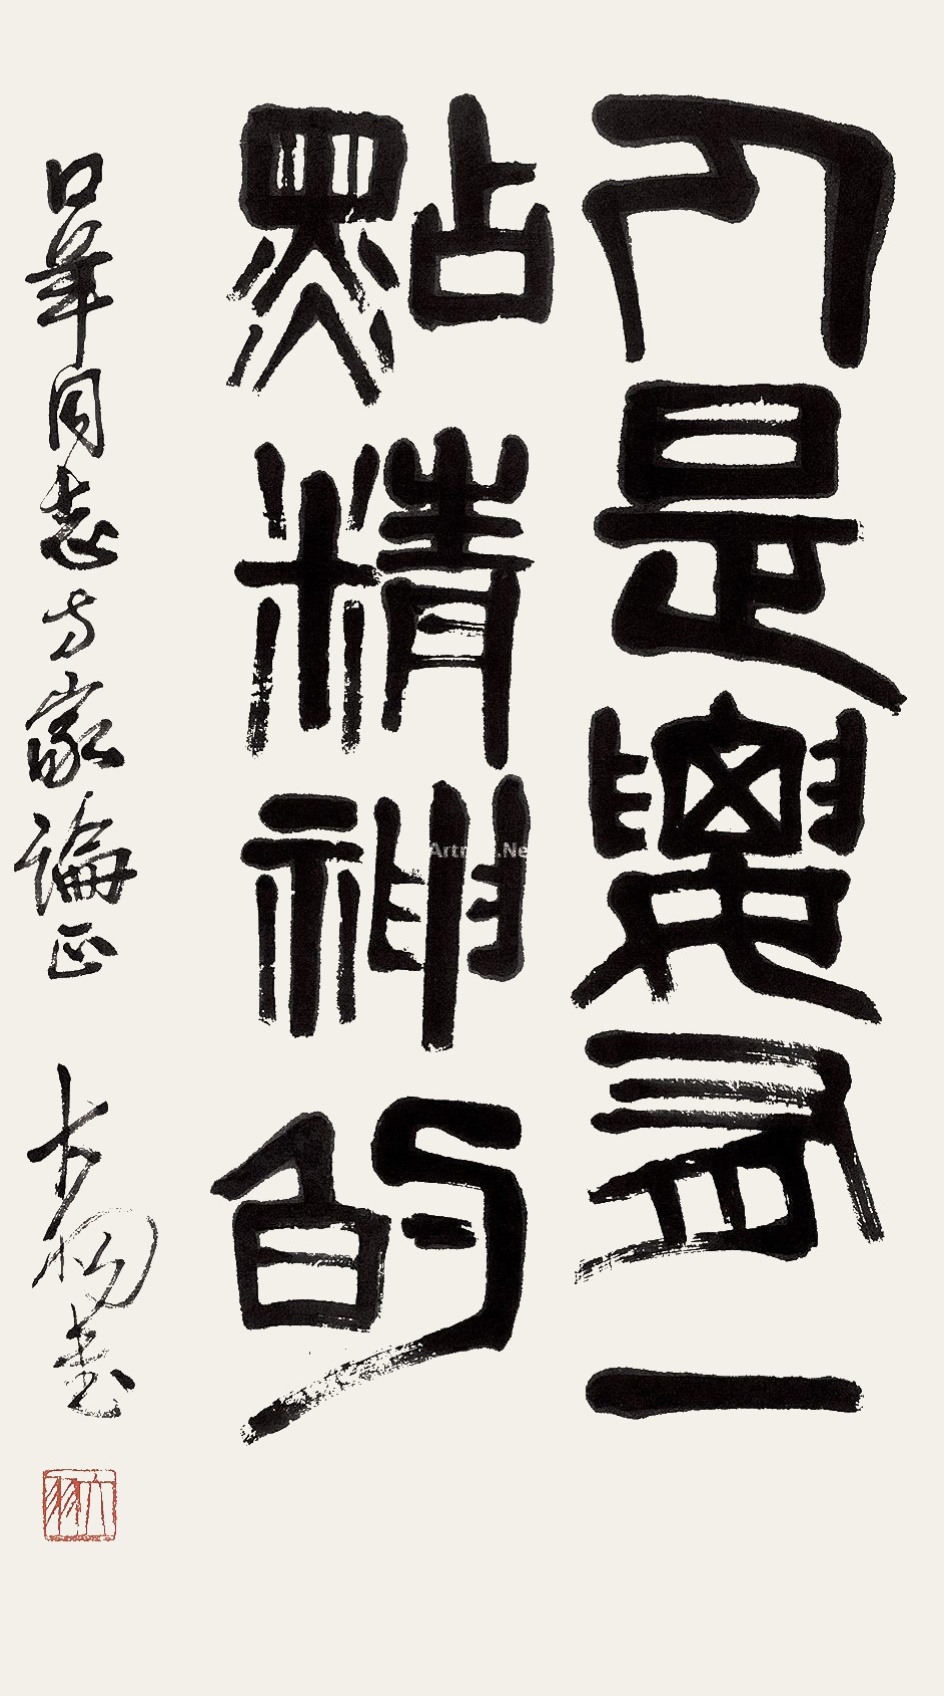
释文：人是要有一点精神的。口羊同志方家论正，大羽书。